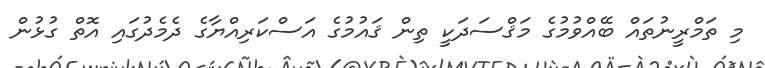
މި ތަމްރީނުތައް ބޭއްވުމުގެ މަޤްސަދަކީ ތިން ޤައުމުގެ އަސްކަރިއްޔާގެ ދެމެދުގައި އޮތް ގުޅުން